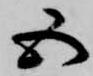
五